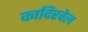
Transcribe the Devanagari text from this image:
कादिरवेल